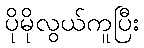
ပိုမိုလွယ်ကူပြီး